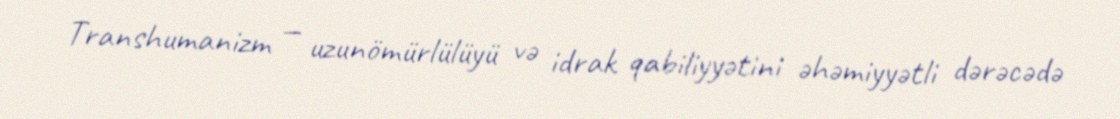
Transhumanizm — uzunömürlülüyü və idrak qabiliyyətini əhəmiyyətli dərəcədə